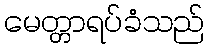
မေတ္တာရပ်ခံသည်